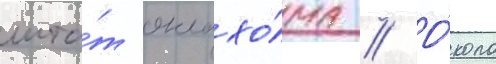
шта́т оклахо́ма // О́коло